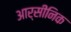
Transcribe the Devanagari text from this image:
आर्सीनिक